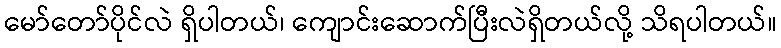
မော်တော်ပိုင်လဲ ရှိပါတယ်၊ ကျောင်းဆောက်ပြီးလဲရှိတယ်လို့ သိရပါတယ်။